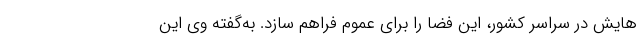
هایش در سراسر کشور، این فضا را برای عموم فراهم سازد. به‌گفته وی این